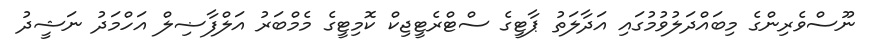
ނޫސްވެރިންގެ މިބައްދަލުވުމުގައި އަދާލަތު ޕާޓީގެ ސްޓްރެޓީޖިކް ކޮމިޓީގެ މެމްބަރު އަލްފާޟިލް އަހްމަދު ނަޝީދު